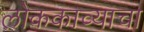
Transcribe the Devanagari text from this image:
लोककाव्याचा